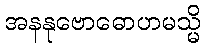
အနနုဗောဓောဟမသ္မိ